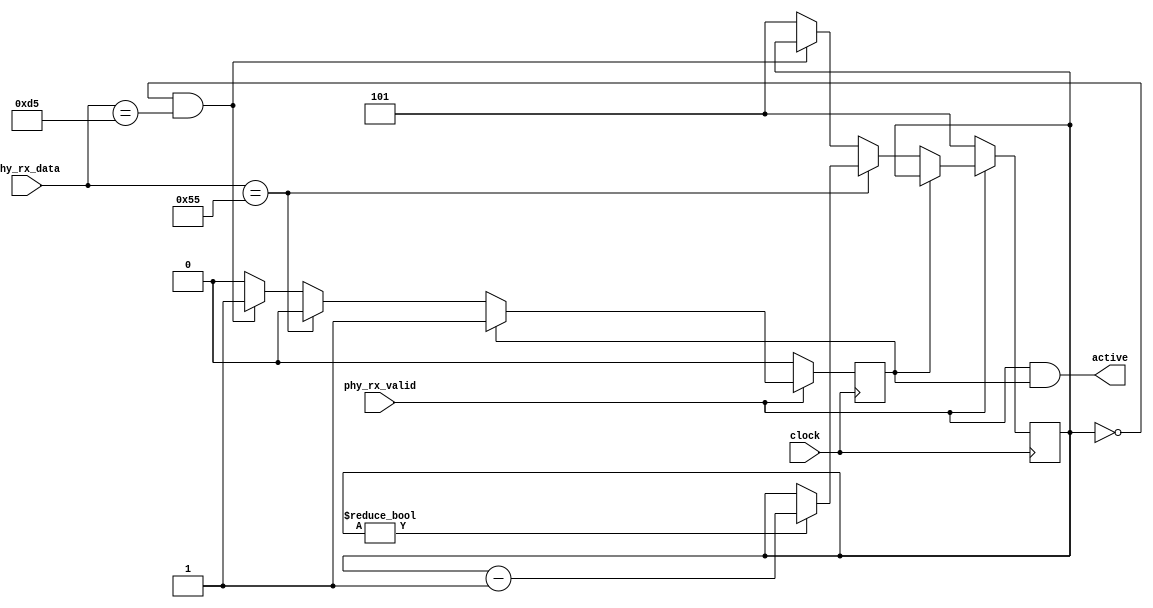
//-----------------------------------------------------------------------------
//                    Copyright (c) 2012 HPSDR Team
//-----------------------------------------------------------------------------


//-----------------------------------------------------------------------------
// demultiplex phy nibbles, produce clock signal depending on speed
//-----------------------------------------------------------------------------


module phy_recv (

  //receive: data and active are valid at posedge of clock
  input         clock, 
  input  [7:0]  phy_rx_data,
  input         phy_rx_valid,

  output active
);
 
//-----------------------------------------------------------------------------
//                          preamble detector
//-----------------------------------------------------------------------------
localparam MIN_PREAMBLE_LENGTH = 3'd5;


reg [2:0] preamble_cnt;
reg payload_coming = 0;


always @(posedge clock) 
  //RX-DV low, nothing is being received
  if (!phy_rx_valid) begin payload_coming <= 1'b0; preamble_cnt <= MIN_PREAMBLE_LENGTH; end
  //RX-DV high, but payload is not being received yet
  else if (!payload_coming) 
    //count preamble bytes
    if (phy_rx_data == 8'h55) begin if (preamble_cnt != 0) preamble_cnt <= preamble_cnt - 3'd1; end
    //enough preamble bytes plus SFD, payload follows
    else if ((preamble_cnt == 0) && (phy_rx_data == 8'hD5)) payload_coming <= 1'b1;
    //wrong byte received, reset preamble byte count
    else preamble_cnt <= MIN_PREAMBLE_LENGTH;
      
      
assign active = phy_rx_valid & payload_coming;
      

  
endmodule